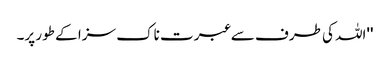
''اللہ کی طرف سے عبرت ناک سزا کے طور پر۔